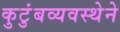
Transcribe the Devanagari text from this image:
कुटुंबव्यवस्थेने